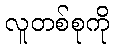
လူတစ်စုကို